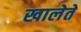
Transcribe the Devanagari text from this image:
खालेते